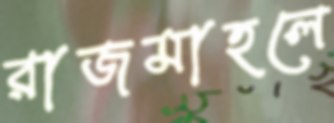
রাজমাহলে